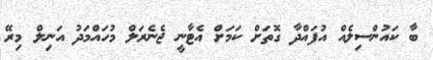
ބާ ކައުންސިލެއް އުފައްދާ ގޮތަށް ކަމަށް އެޓާނީ ޖެނެރަލް މުހައްމަދު އަނިލް މިރޭ